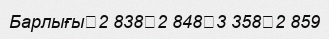
Барлығы	2 838	2 848	3 358	2 859